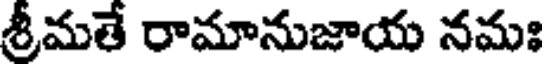
శ్రీమతే రామానుజాయ నమః